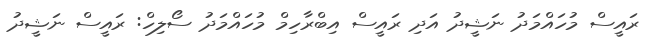
ރައީސް މުހައްމަދު ނަޝީދު އަދި ރައީސް އިބްރާހިމް މުހައްމަދު ސޯލިހް: ރައީސް ނަޝީދު